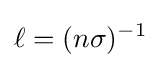
\ell =(n\sigma )^{-1}